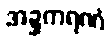
အဍ္ဍကရဏံ